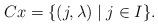
LaTeX: \begin{align*}C x = \{ (j, \lambda) \mid j \in I \}.\end{align*}